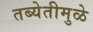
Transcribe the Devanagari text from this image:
तब्येतीमुळे